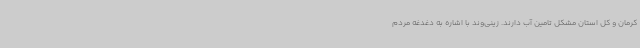
کرمان و کل استان مشکل تامین آب دارند. زینی‌وند با اشاره به دغدغه مردم